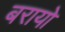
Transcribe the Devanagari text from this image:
बरायो